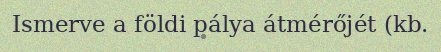
Ismerve a földi pálya átmérőjét (kb.